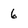
Character: 6